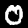
Digit: 0